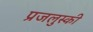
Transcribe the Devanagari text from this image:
प्रजलुस्की